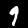
Label: 9